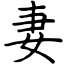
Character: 妻